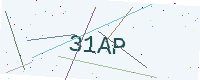
Text: 31AP